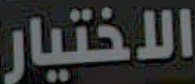
الاختيار